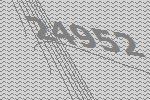
24952